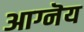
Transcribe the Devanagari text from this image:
आग्नॆय